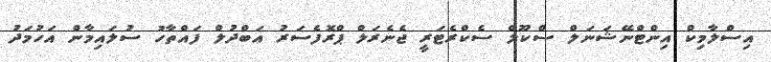
އިސްލާމިކް އިންޓްނޭޝަނަލް ސްކޫލް ސެކްރެޓަރީ ޖެނެރަލް ޕްރޮފެސަރު އަބްދުލް ފައްތާހު ސުލައިމާން އަހުމަދު